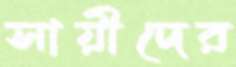
সায়ীদের